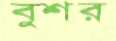
বুশর